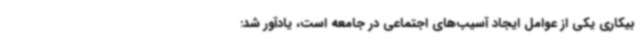
بیکاری یکی از عوامل ایجاد آسیب‌های اجتماعی در جامعه است، یادآور شد: